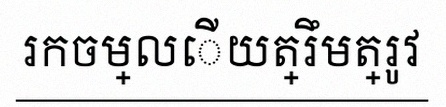
រកចម្លើយត្រឹមត្រូវ